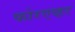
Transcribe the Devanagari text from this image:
फोरएव्हर